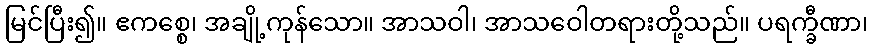
မြင်ပြီး၍။ ဧကစ္စေ၊ အချို့ကုန်သော။ အာသဝါ၊ အာသဝေါတရားတို့သည်။ ပရက္ခီဏာ၊